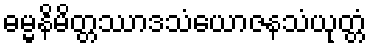
ဓမ္မနိမိတ္တဿာဒသံယောဇနသံယုတ္တံ